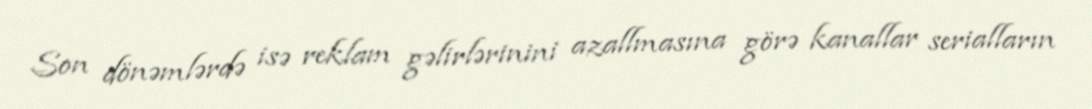
Son dönəmlərdə isə reklam gəlirlərinini azallmasına görə kanallar serialların